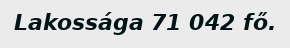
Lakossága 71 042 fő.